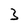
Character: 3